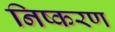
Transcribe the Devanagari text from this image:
निष्करण